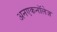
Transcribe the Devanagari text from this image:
अनएकनॉलेज